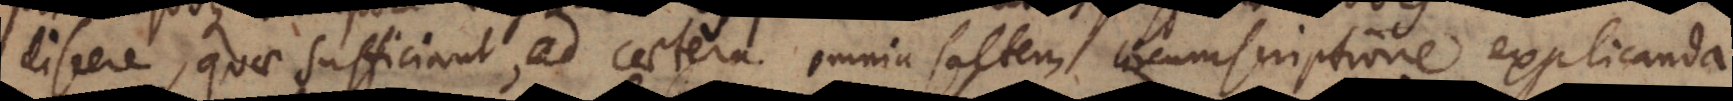
discere, quae sufficiant, ad caetera omnia saltem circumscriptione explicanda.